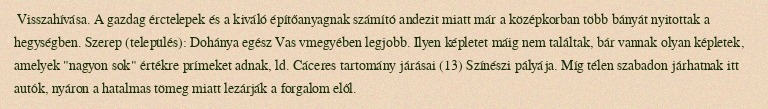
Visszahívása. A gazdag érctelepek és a kiváló építőanyagnak számító andezit miatt már a középkorban több bányát nyitottak a hegységben. Szerep (település): Dohánya egész Vas vmegyében legjobb. Ilyen képletet máig nem találtak, bár vannak olyan képletek, amelyek "nagyon sok" értékre prímeket adnak, ld. Cáceres tartomány járásai (13) Színészi pályája. Míg télen szabadon járhatnak itt autók, nyáron a hatalmas tömeg miatt lezárják a forgalom elől.